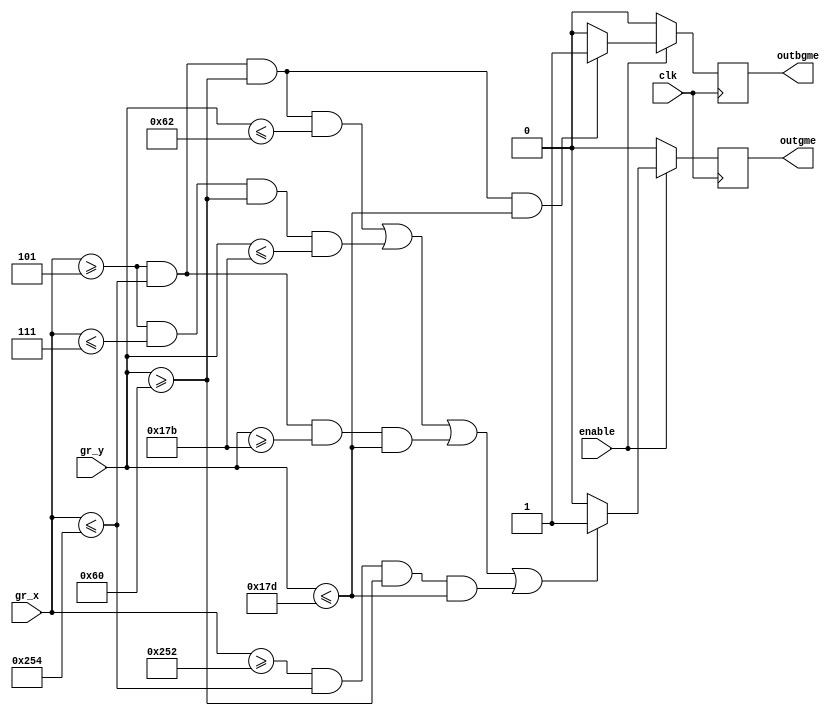
module BACKGROUND_MENU(
	input wire clk,
//	input wire reset,
	input wire enable,
	
	input wire [10:0]gr_x,
	input wire [9:0]gr_y,

	
	output reg outbgme,
	output reg outgme	
	);
	
parameter[10:0] x1 = 11'd5;
parameter[10:0] x2 = 11'd596;
parameter[9:0] y1 = 11'd96;
parameter[9:0] y2 = 11'd381;
parameter[10:0] x3 = 11'd7;
parameter[10:0] x4 = 11'd594;
parameter[9:0] y3 = 11'd98;
parameter[9:0] y4 = 11'd379;


always @ (posedge clk)
	begin
	if (enable == 1)
	begin
		if ((gr_x[10:0]>=x1[10:0])&&(gr_x[10:0]<=x2[10:0])&&(gr_y[9:0]>=y1)&&(gr_y[9:0]<=y2))
			begin
				outbgme = 1;
			end
			else
				outbgme = 0;
		if ((gr_x[10:0]>=x1[10:0])&&(gr_x[10:0]<=x2[10:0])&&(gr_y[9:0]>=y1)&&(gr_y[9:0]<=y3)||
			(gr_x[10:0]>=x1[10:0])&&(gr_x[10:0]<=x3[10:0])&&(gr_y[9:0]>=y1)&&(gr_y[9:0]<=y4)||
			(gr_x[10:0]>=x1[10:0])&&(gr_x[10:0]<=x2[10:0])&&(gr_y[9:0]>=y4)&&(gr_y[9:0]<=y2)||
			(gr_x[10:0]>=x4[10:0])&&(gr_x[10:0]<=x2[10:0])&&(gr_y[9:0]>=y1)&&(gr_y[9:0]<=y2))
			begin
				outgme = 1;
			end
			else
				outgme = 0;		
	end
	else
	begin
		outbgme = 0;
		outgme = 0;
	end
	end
endmodule